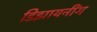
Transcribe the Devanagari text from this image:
डिझायनींग